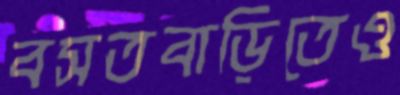
বসতবাড়িতেও